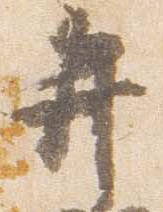
弁